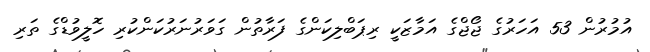
އުމުރުން 53 އަހަރުގެ ޖޯޖްގެ އަމާޒަކީ ރިޕަބްލިކަންގެ ފަރާތުން ގަވަރުނަރުކަންކުރި ހޮލީވުޑްގެ ތަރި